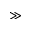
\gg